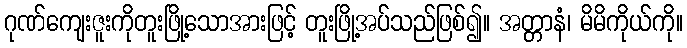
ဂုဏ်ကျေးဇူးကိုတူးဖြို့သောအားဖြင့် တူးဖြို့အပ်သည်ဖြစ်၍။ အတ္တာနံ၊ မိမိကိုယ်ကို။